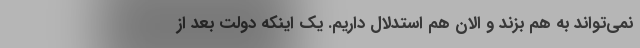
نمی‌تواند به هم بزند و الان هم استدلال داریم. یک اینکه دولتِ بعد از